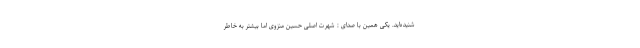
شنیده‌اید. یکی همین با صدای : شهرت اصلی حسین منزوی اما بیشتر به خاطر